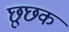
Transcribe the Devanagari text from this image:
छूछक